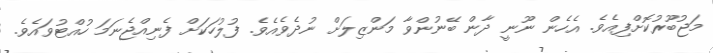
މަޖުބޫރުކޮށްފިއެވެ. އެހެން ނޫނީ ދާން ބޭނުންވާ މަންޒިލަށް ނުދެވެއެވެ. ފުލުހަކަށް ފެނިއްޖެނަމަ ހުއްޓުވައެވެ.